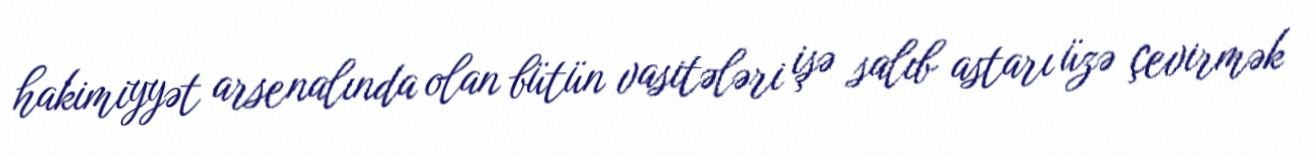
hakimiyyət arsenalında olan bütün vasitələri işə salıb astarı üzə çevirmək